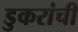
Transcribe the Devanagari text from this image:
डुकरांची